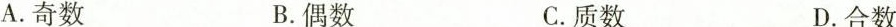
A.奇数 B.偶数 C.质数 D.合数